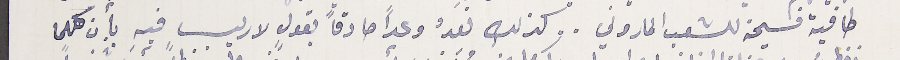
كافية فسيحة للشعب الماروني.. كذلك نعدُ وعداً صادقاً بقولٍ لا ريب فيهِ بأن كلما